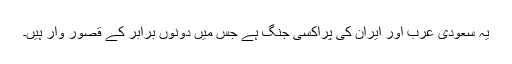
یہ سعودی عرب اور ایران کی پراکسی جنگ ہے جس میں دونوں برابر کے قصور وار ہیں۔